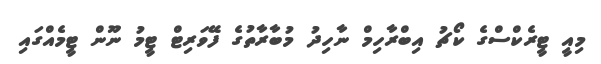
މިއީ ޓީރެކްސްގެ ކޯޗު އިބްރާހިމް ނާހިދު މުބާރާތުގެ ފޭވަރިޓް ޓީމު ނޫން ޓީމެއްގައި